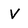
Character: V